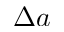
\Delta a